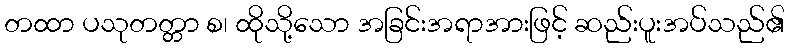
တထာ ပသုတတ္တာ စ၊ ထိုသို့သော အခြင်းအရာအားဖြင့် ဆည်းပူးအပ်သည်၏